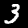
Digit: 3